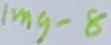
Text: Img-8